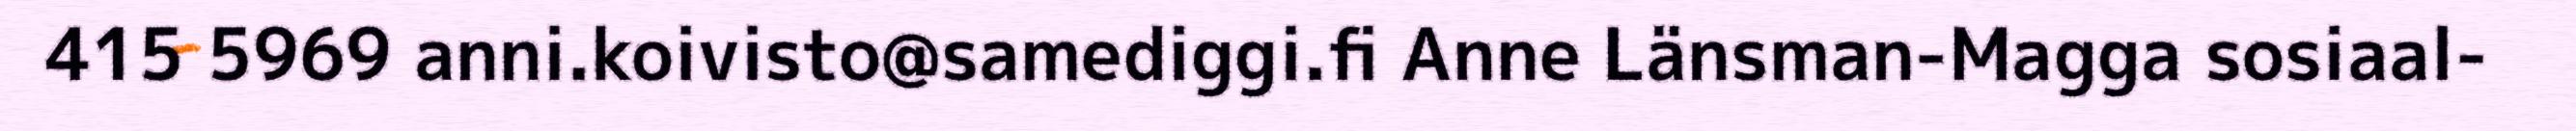
415 5969 anni.koivisto@samediggi.fi Anne Länsman-Magga sosiaal-